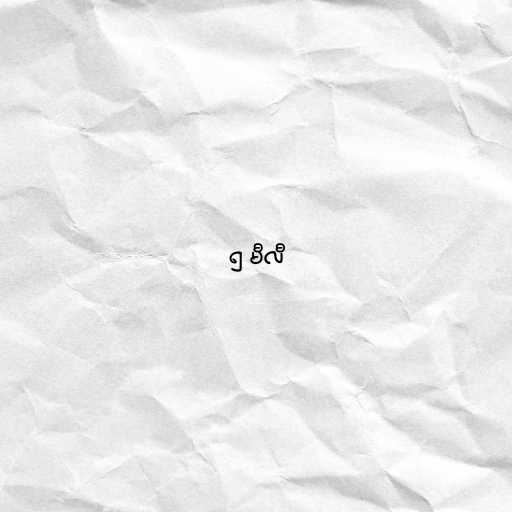
၅ မီလီ